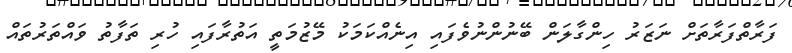
ފަރާތްފަރާތަށް ނަޒަރު ހިންގާލަން ބޭނުންނުވެފައި އިނެއްކަމަކު މޭޒުމަތީ އަތުރާފައި ހުރި ތަފާތު ވައްތަރުތައް